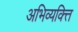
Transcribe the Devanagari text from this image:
अभिव्यक्त्ति